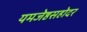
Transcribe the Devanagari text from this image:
यमजेष्ठसहोदर